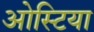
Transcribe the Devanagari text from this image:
ओस्टिया